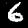
Digit: 6